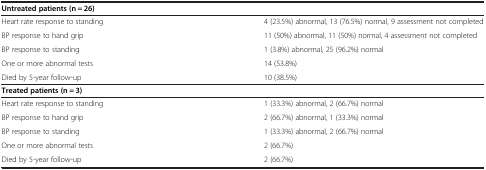
| Untreated patients (n = 26) |  |
 | --- | --- |
 | Heart rate response to standing | 4 (23.5%) abnormal, 13 (76.5%) normal, 9 assessment not completed |
 | BP response to hand grip | 11 (50%) abnormal, 11 (50%) normal, 4 assessment not completed |
 | BP response to standing | 1 (3.8%) abnormal, 25 (96.2%) normal |
 | One or more abnormal tests | 14 (53.8%) |
 | Died by 5-year follow-up | 10 (38.5%) |
 | Treated patients (n = 3) |  |
 | Heart rate response to standing | 1 (33.3%) abnormal, 2 (66.7%) normal |
 | BP response to hand grip | 2 (66.7%) abnormal, 1 (33.3%) normal |
 | BP response to standing | 1 (33.3%) abnormal, 2 (66.7%) normal |
 | One or more abnormal tests | 2 (66.7%) |
 | Died by 5-year follow-up | 2 (66.7%) |